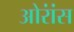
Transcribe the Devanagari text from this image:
ओरांंस